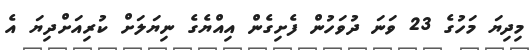
މިދިޔަ މަހުގެ 23 ވަނަ ދުވަހުން ފެށިގެން އިއްޔެގެ ނިޔަލަށް ކުރިއަށްދިޔަ އެ